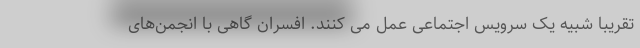
تقریبا شبیه یک سرویس اجتماعی عمل می کنند. افسران گاهی با انجمن‌های